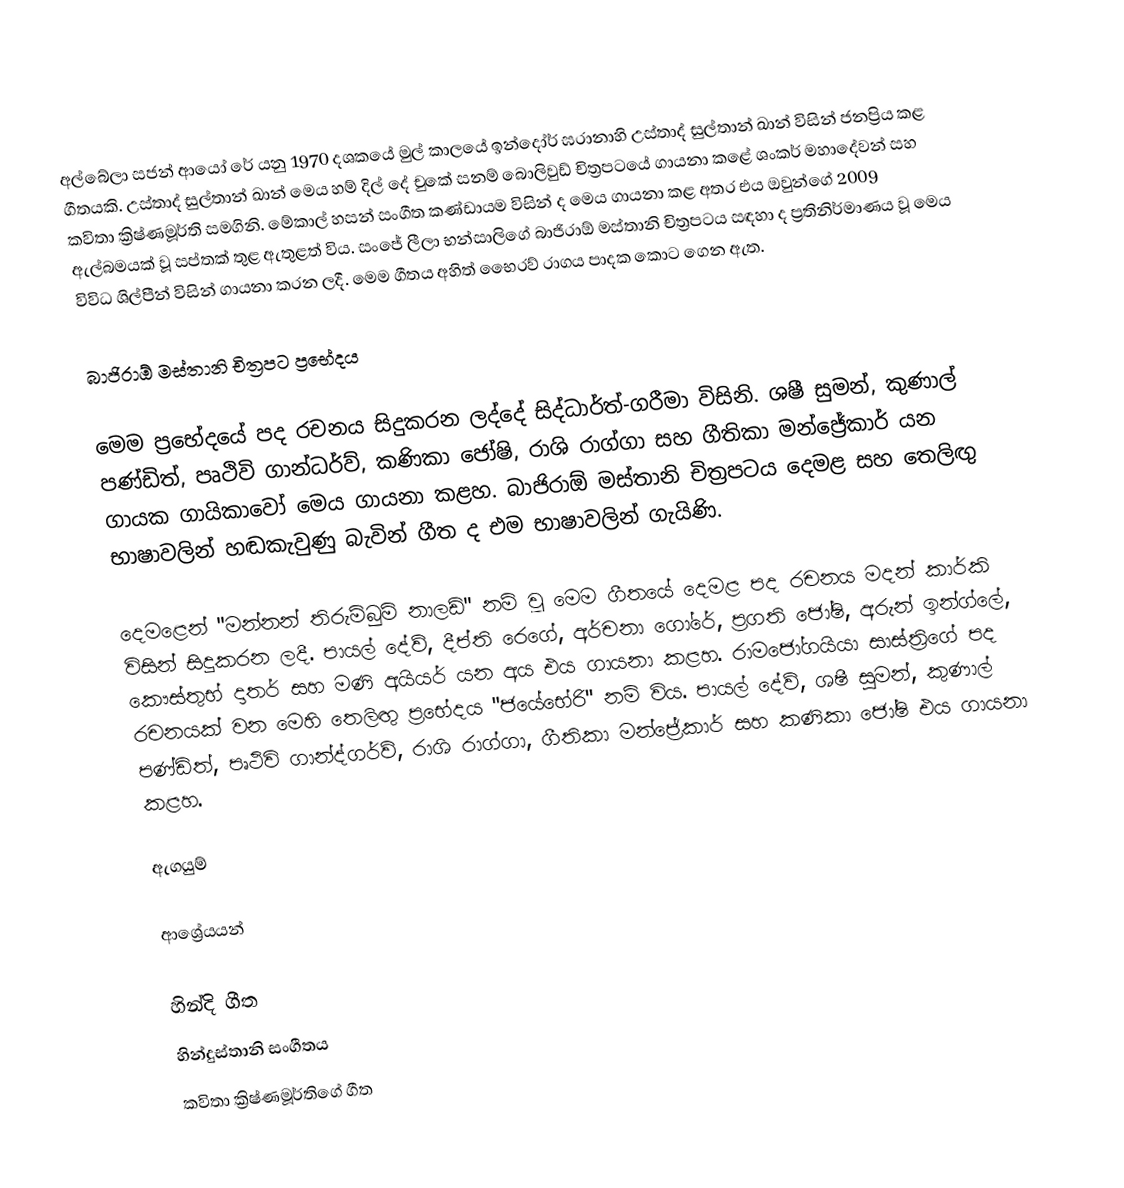
අල්බේලා සජන් ආයෝ රේ යනු 1970 දශකයේ මුල් කාලයේ ඉන්දෝර් ඝරානාහි උස්තාද් සුල්තාන් ඛාන් විසින් ජනප්‍රිය කළ ගීතයකි. උස්තාද් සුල්තාන් ඛාන් මෙය හම් දිල් දේ චුකේ සනම් බොලිවුඩ් චිත්‍රපටයේ ගායනා කළේ ශංකර් මහාදේවන් සහ කවිතා ක්‍රිෂ්ණමූර්ති සමගිනි. මේකාල් හසන් සංගීත කණ්ඩායම විසින් ද මෙය ගායනා කළ අතර එය ඔවුන්ගේ 2009 ඇල්බමයක් වූ සප්තක් තුළ ඇතුළත් විය. සංජේ ලීලා භන්සාලිගේ බාජිරාඕ මස්තානි චිත්‍රපටය සඳහා ද ප්‍රතිනිර්මාණය වූ මෙය විවිධ ශිල්පීන් විසින් ගායනා කරන ලදී. මෙම ගීතය අහිත් භෛරව් රාගය පාදක කොට ගෙන ඇත.

බාජිරාඕ මස්තානි චිත්‍රපට ප්‍රභේදය

මෙම ප්‍රභේදයේ පද රචනය සිදුකරන ලද්දේ සිද්ධාර්ත්-ගරීමා විසිනි. ශෂී සුමන්, කුණාල් පණ්ඩිත්, පෘථිවි ගාන්ධර්ව්, කණිකා ජෝෂි, රාශි රාග්ගා සහ ගීතිකා මන්ජ්‍රේකාර් යන ගායක ගායිකාවෝ මෙය ගායනා කළහ. බාජිරාඕ මස්තානි චිත්‍රපටය දෙමළ සහ තෙලිඟු භාෂාවලින් හඬකැවුණු බැවින් ගීත ද එම භාෂාවලින් ගැයිණි.

දෙමළෙන් "මන්නන් තිරුම්බුම් නාලඩ්" නම් වූ මෙම ගීතයේ දෙමළ පද රචනය මදන් කාර්කි විසින් සිදුකරන ලදී. පායල් දේව්, දීප්ති රෙගේ, අර්චනා ගෝරේ, ප්‍රගති ජෝෂි, අරුන් ඉන්ග්ලේ, කෞස්තුභ් දාතර් සහ මණි අයියර් යන අය එය ගායනා කළහ. රාමජෝගයියා සාස්ත්‍රිගේ පද රචනයක් වන මෙහි තෙලිඟු ප්‍රභේදය "ජයේභේරි" නම් විය. පායල් දේව්, ශෂී සුමන්, කුණාල් පණ්ඩිත්, පෘථිවි ගාන්ද්ගර්ව්, රාශි රාග්ගා, ගීතිකා මන්ජ්‍රේකාර් සහ කණිකා ජෝෂි එය ගායනා කළහ.

ඇගයුම්

ආශ්‍රේයයන්

හින්දි ගීත
හින්දුස්තානි සංගීතය
කවිතා ක්‍රිෂ්ණමූර්තිගේ ගීත